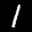
Label: 1